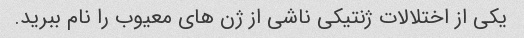
یکی از اختلالات ژنتیکی ناشی از ژن های معیوب را نام ببرید.